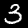
Digit: 3